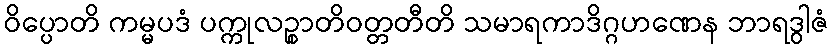
ဝိပ္ပောတိ ကမ္မပဒံ ပက္ကုလဉ္စာတိဝတ္တတီတိ သမာရကာဒိဂ္ဂဟဏေန ဘာရဒွါဇံ